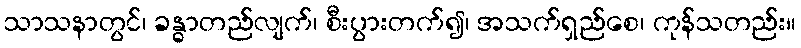
သာသနာတွင်၊ ခန္ဓာတည်လျက်၊ စီးပွားတက်၍၊ အသက်ရှည်စေ၊ ကုန်သတည်း။